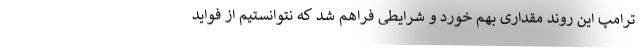
ترامپ این روند مقداری بهم خورد و شرایطی فراهم شد که نتوانستیم از فواید